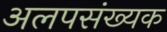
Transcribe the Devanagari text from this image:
अलपसंख्यक